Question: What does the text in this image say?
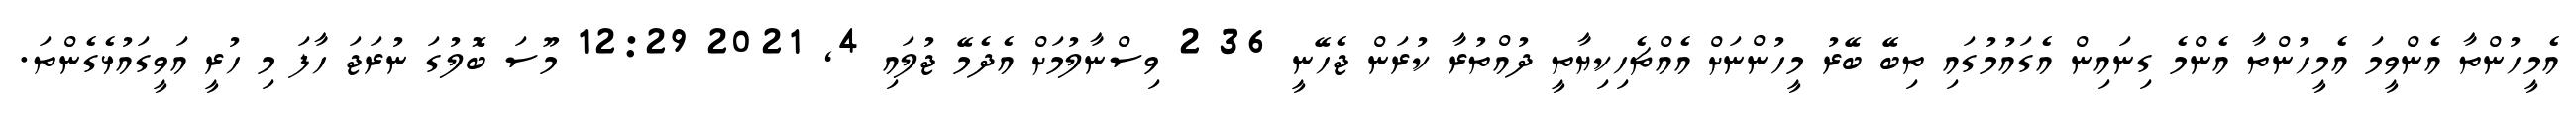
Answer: އެމީހުންތާ އެންވީމަ އެމީހުންތާ އެންމެ ގިނައިން އެގައުމުގައި ތިބޭ ބޭރު މީހުންނަށް އެއްޗެހިކިޔާތީ ދުއްތުރާ ކުރަން ޖެހޭނީ 36 2 ވިސްނާލުމަށް އެދެމޭ ޖުލައި 4, 2021 12:29 މޫސަ ބޮލުގަ ނުރަޖަ ހާފަ މި ހުރީ އަވީގައުޅެގެންތަ.